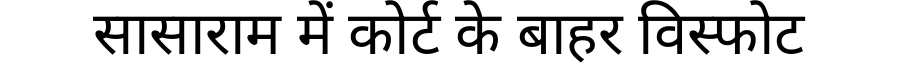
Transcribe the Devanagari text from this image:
सासाराम में कोर्ट के बाहर विस्फोट